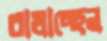
বাধাচ্ছেন